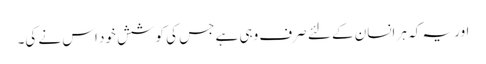
اور یہ کہ ہر انسان کے لئے صرف وہی ہے جس کی کوشش خود اس نے کی۔